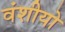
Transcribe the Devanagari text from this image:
वंशीयो